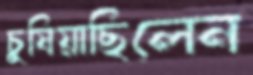
চুষিয়াছিলেন